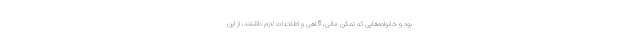
بود و خانواده‌هایی که تمکن مالی، آگاهی و اطلاعات لازم داشتند، از این